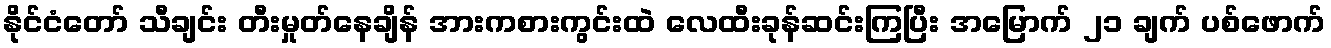
နိုင်ငံတော် သီချင်း တီးမှုတ်နေချိန် အားကစားကွင်းထဲ လေထီးခုန်ဆင်းကြပြီး အမြောက် ၂၁ ချက် ပစ်ဖောက်